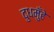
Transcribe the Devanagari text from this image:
दुधमुँहे